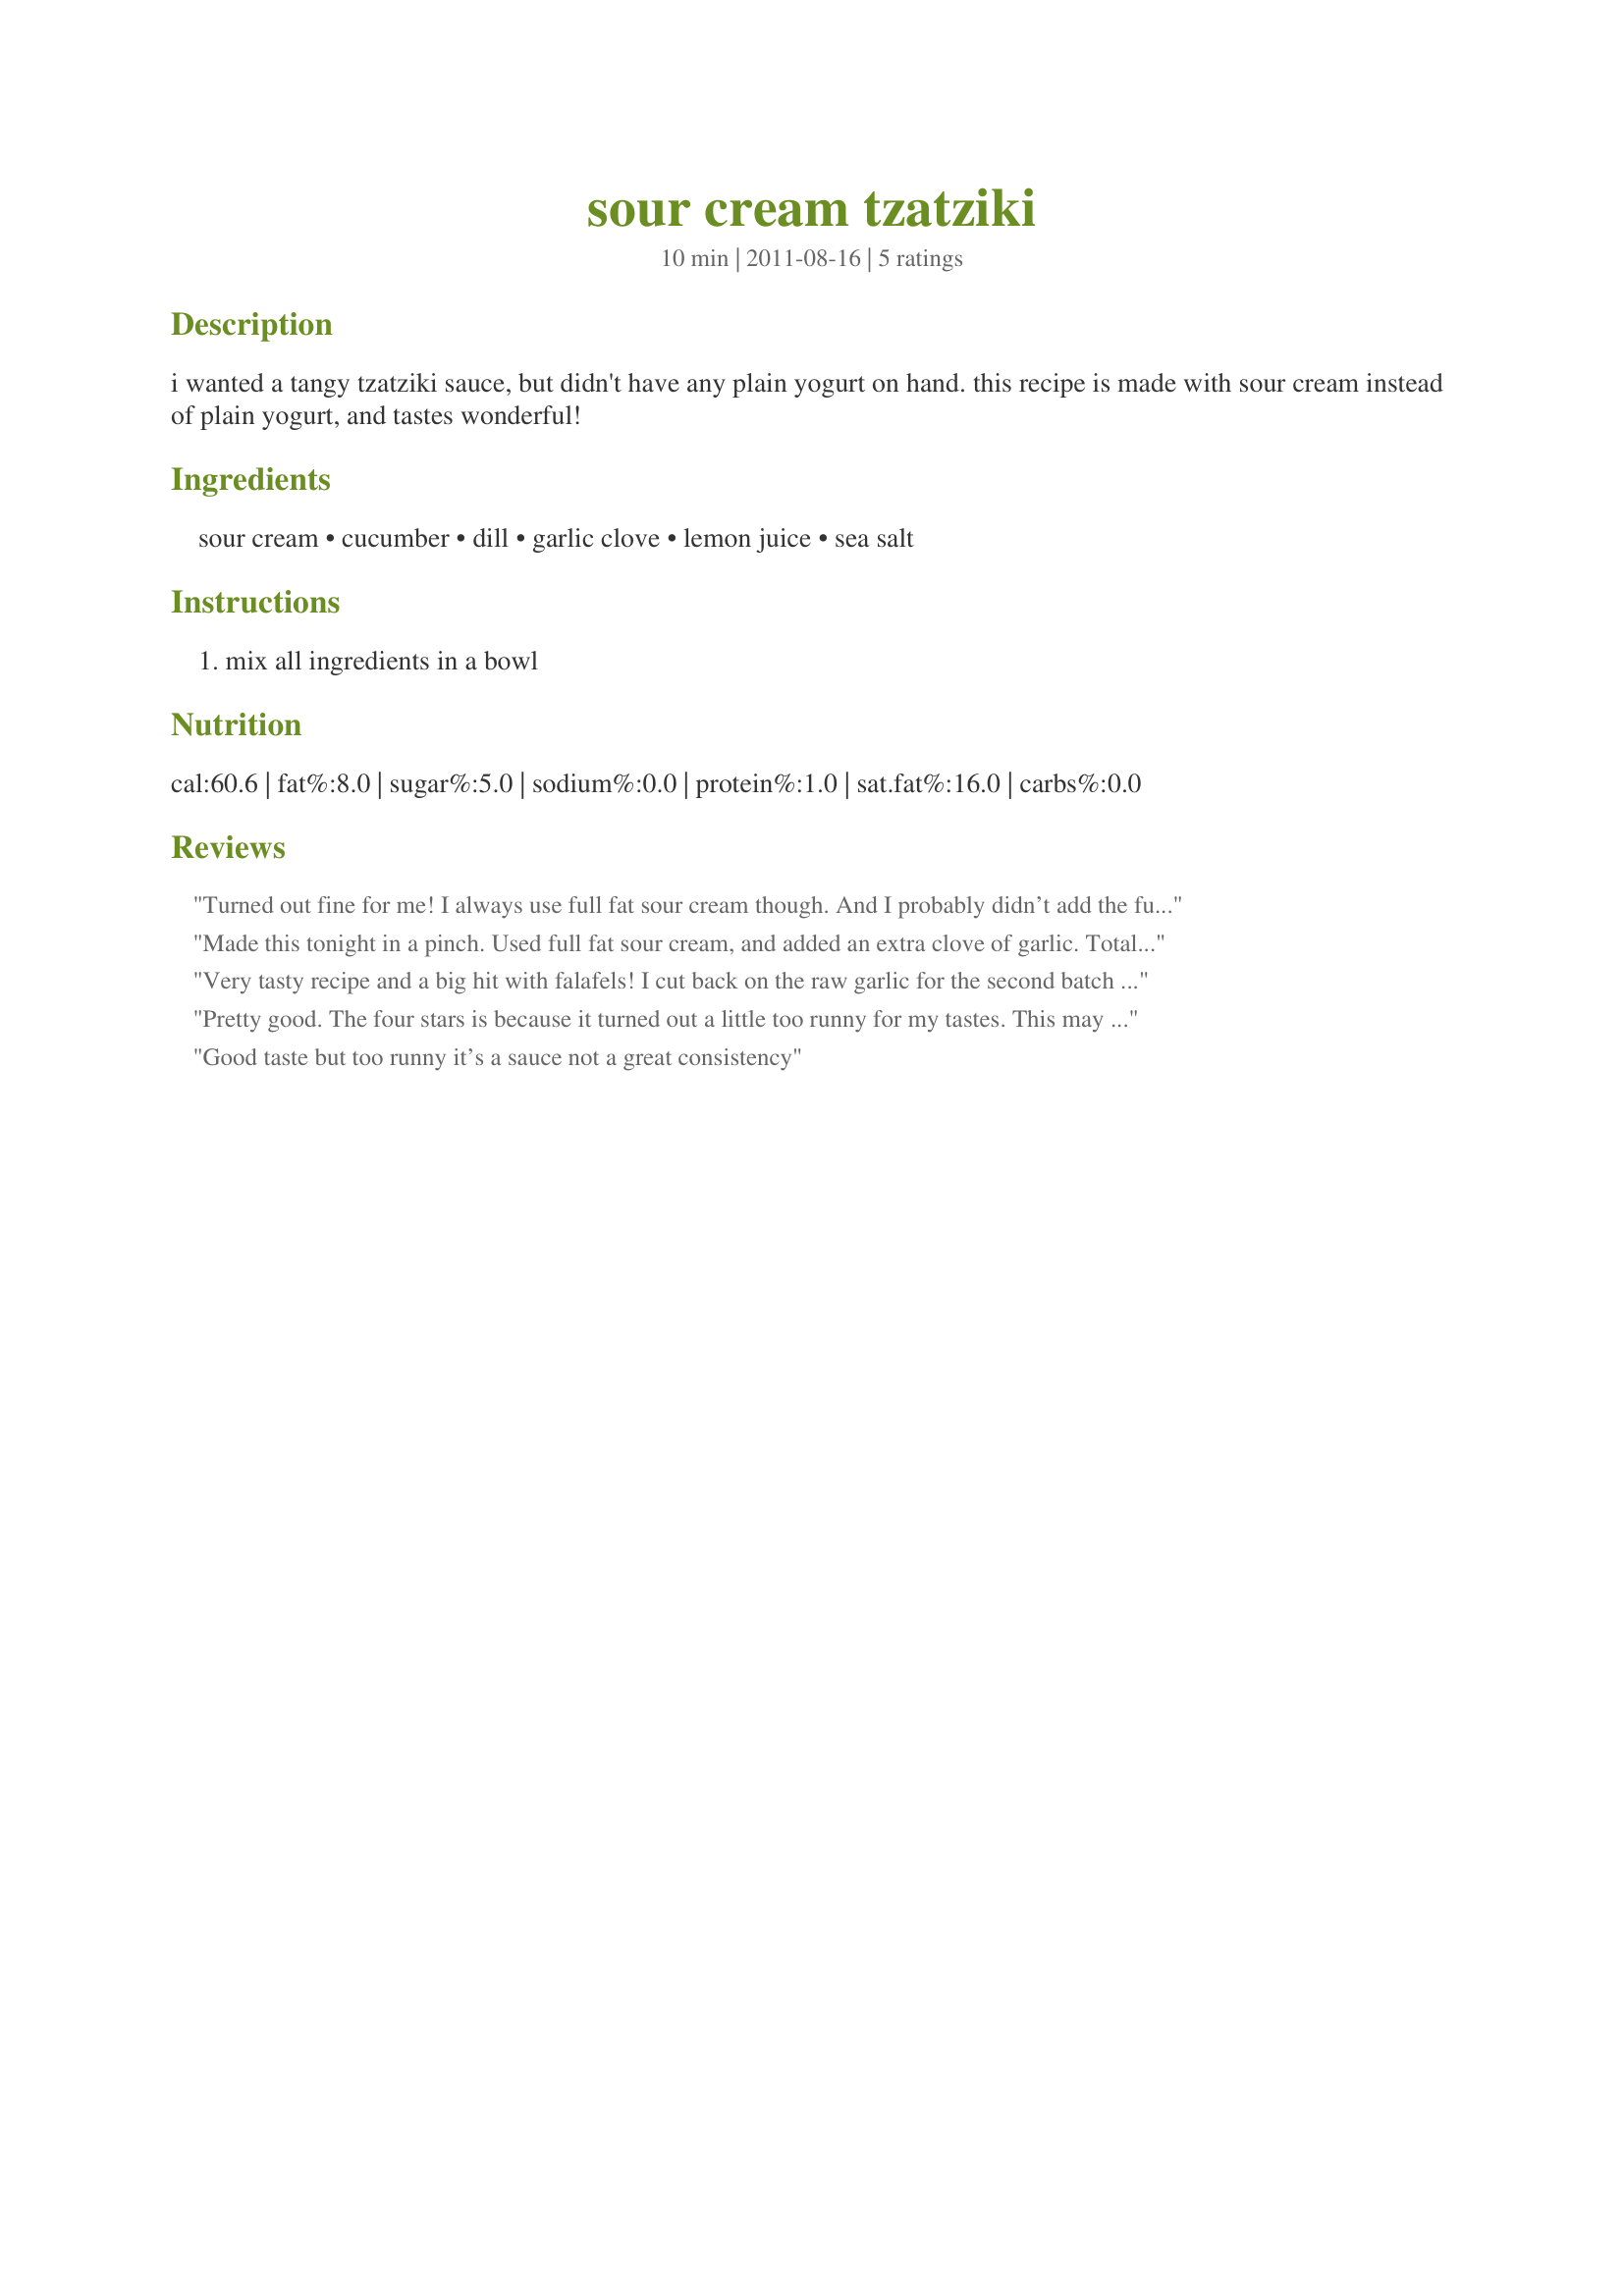
sour cream tzatziki
Preparation time: 10 minutes

i wanted a tangy tzatziki sauce, but didn't have any plain yogurt on hand.

this recipe is made with sour cream instead of plain yogurt, and tastes wonderful!

Ingredients:
sour cream, cucumber, dill, garlic clove, lemon juice, sea salt

Steps:
mix all ingredients in a bowl

Reviews:
Turned out fine for me! I always use full fat sour cream though. And I probably didn’t add the full amount of lemon juice. Definitely a keeper recipe.
Made this tonight in a pinch. Used full fat sour cream, and added an extra clove of garlic. Total keeper. Super easy to make and tastes delicious!
Very tasty recipe and a big hit with falafels! I cut back on the raw garlic for the second batch and added some salt and pepper and a bit more lemon juice. Love this recipe!
Pretty good. The four stars is because it turned out a little too runny for my tastes. This may be because I used reduced fat sour cream, though. It&#039;s quick, easy and really tasty! Definitely a keeper!
Good taste but too runny it’s a sauce not a great consistency
